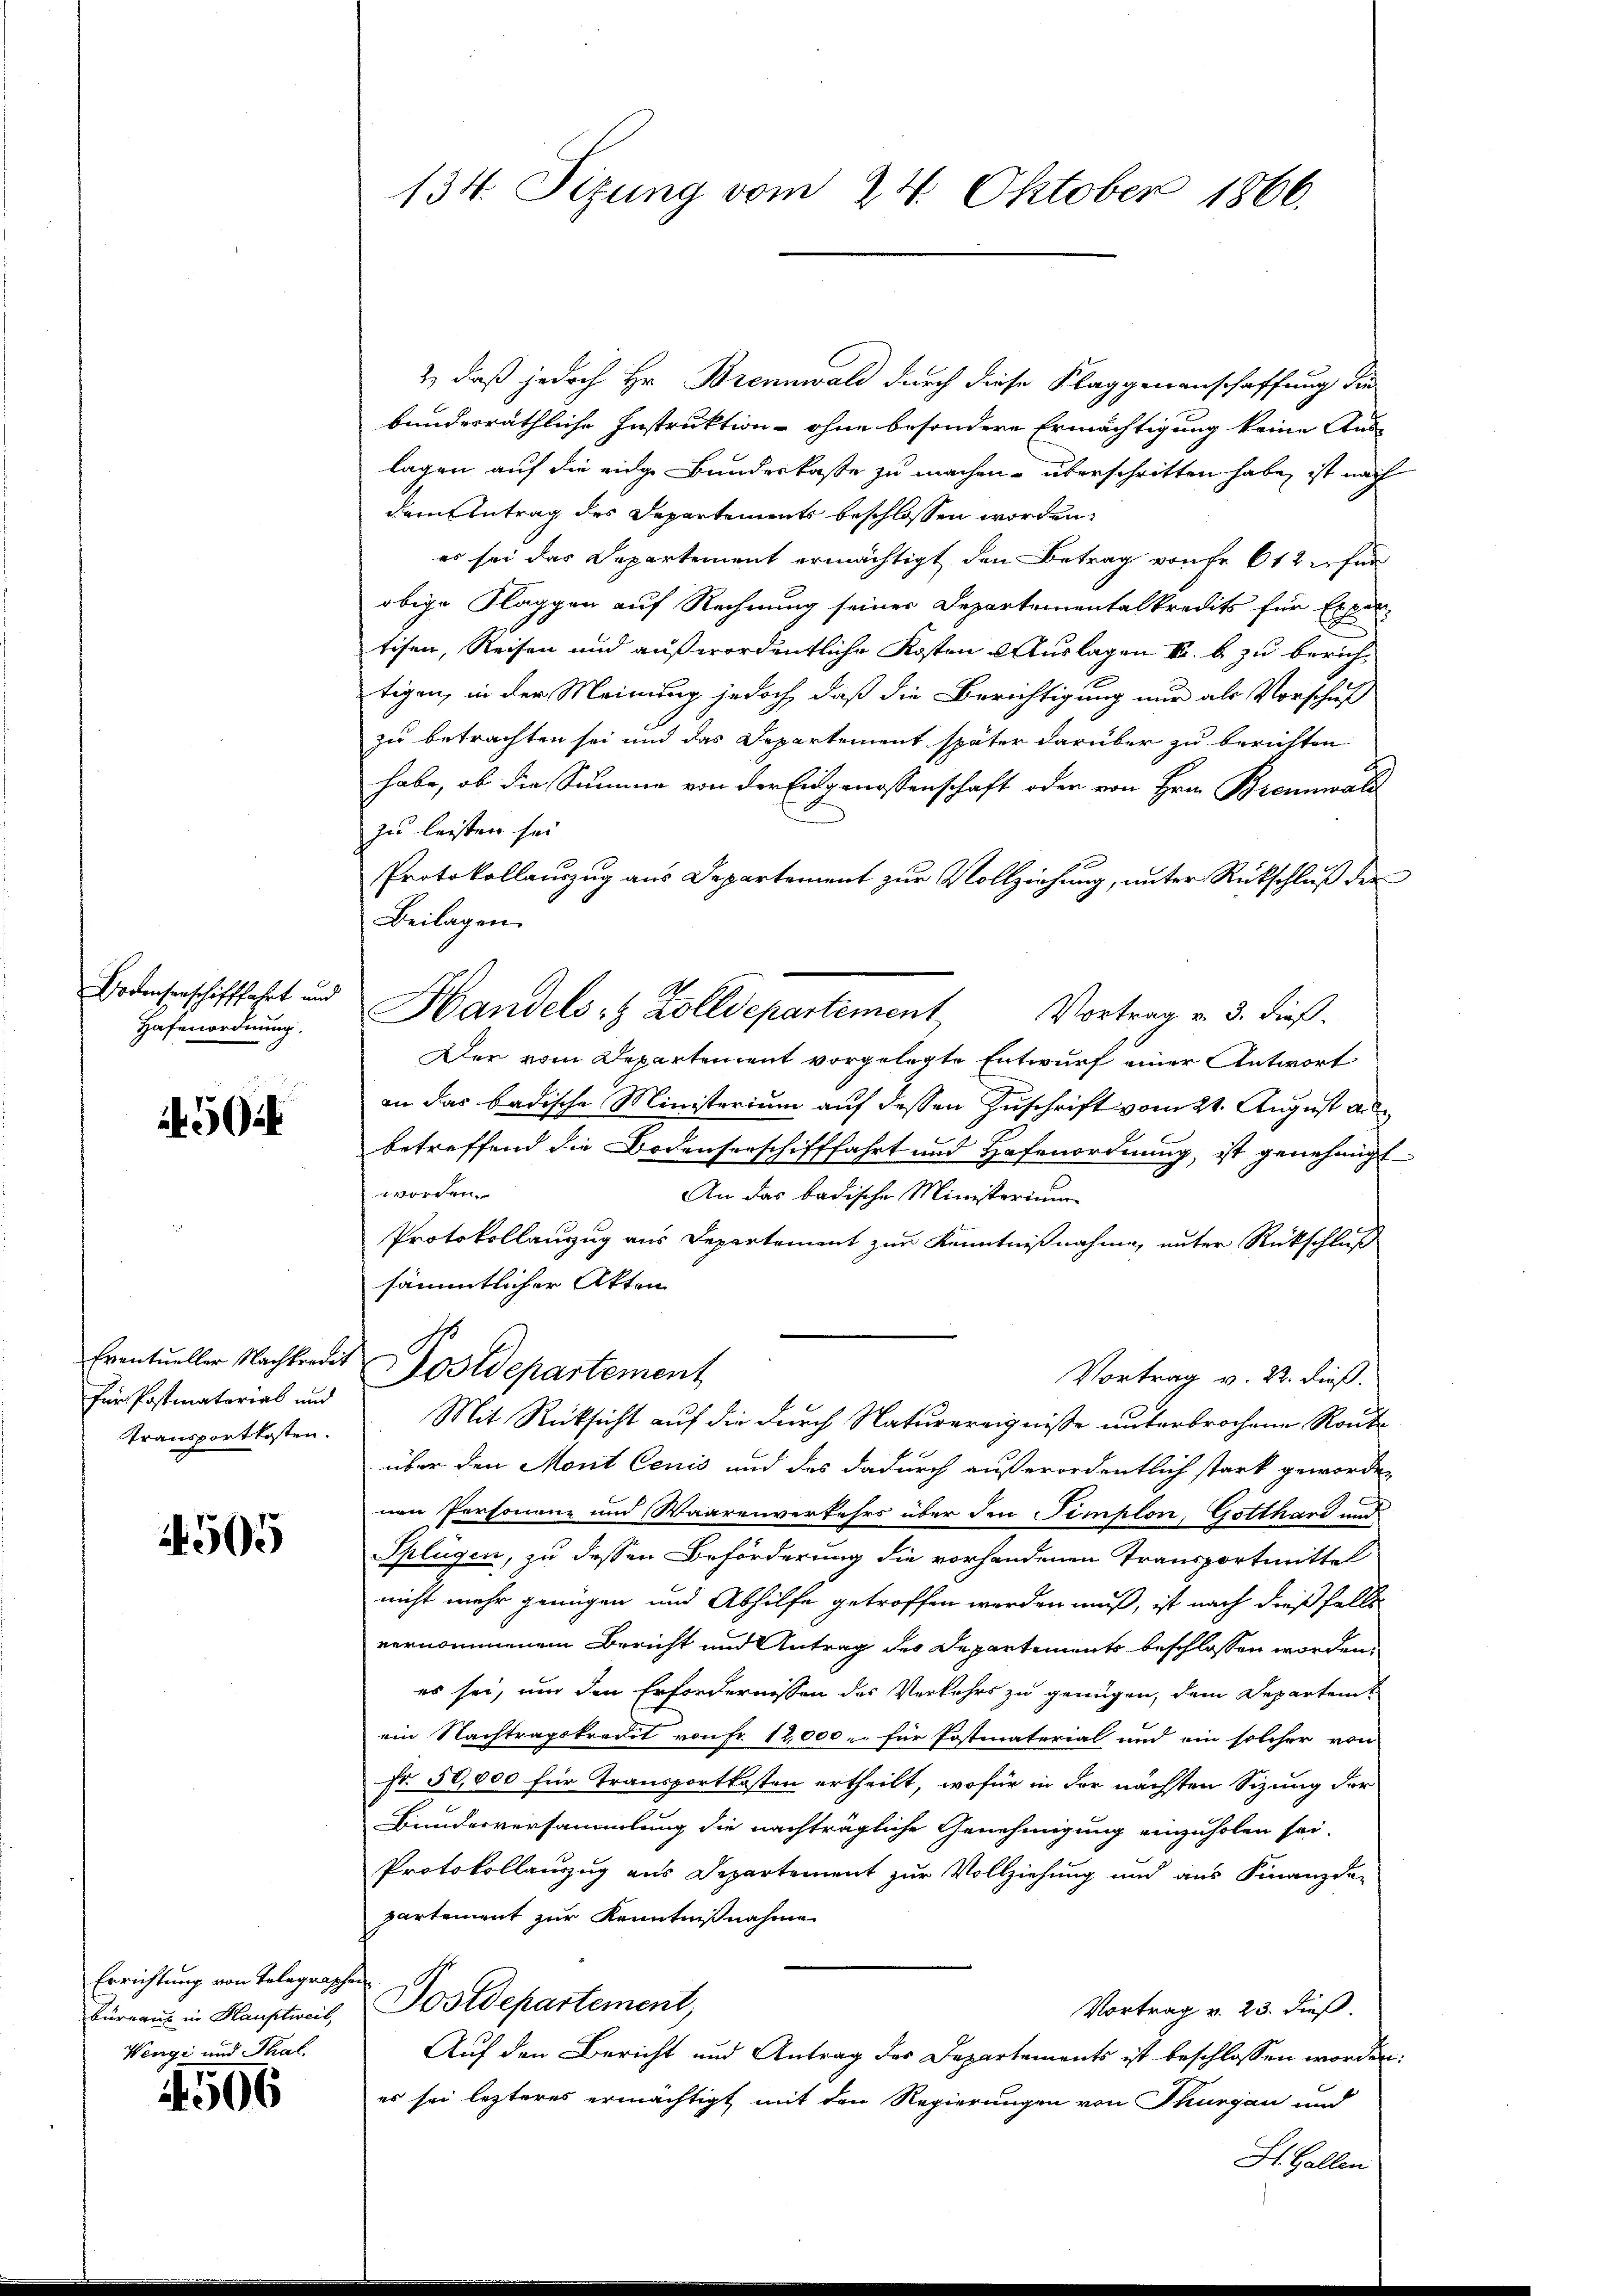
Bodenserschifffahrt und
Hafenordnung.

450.

für Postmatorial und
Transportkosten.

4505

Errichtung von Telegraphen
Bureau in Hauptweil,
Wengi und Thal.

1566

134. Sizung vom 24. Oktober 1866.

2) daß jedoch Hr. Brennwald durch diese Klaggenanschaffung die
bundesräthliche Instruktion - ohne besondere Ermächtigung keine Aus-
lagen auf die eidge Bundeskasse zu machen, überschritten habe, ist nach
dem Antrag des Departements beschlossen worden,
es sei das Departement ermächtigt den Betrag von Fr. 612 für
obige Klaggen auf Rechnung seiner Departementalkredits für Expertifen, Reisen und außerordentliche Kosten Auslagen K. b zu berichtigen, in der Meinung jedoch, daß die Berichtigung nur als Vorschuf
zu betrachten sei und das Departement später darüber zu berichten
habe, ob die Summe von der Eidgenossenschaft oder von Hrn. Brennwald
zu leisten sei.
Protokollauszug aus Departement zur Vollziehung, unter Rückschluß der
Beilagen.
Handels- & Zolldepartement,
Vortrag v. 3. dieß.
Der vom Departement vorgelegte Entwurf einer Antwort
an das badische Ministerium auf dessen Zuschrift vom 21. August au
betreffend die Bodensenschifffahrt und Hafenordnung, ist genehmigt.
worden.
An das badische Ministerium
Protokollanzug aus Departement zur Kenntnißnahme, unter Rückschluß
sämmtlicher Akten
Eventueller Nachkredit Postdepartement
Vortrag v. 22. dieß.
Mit Rücksicht auf die durch Naturereignisse unterbrochene Route
über den Mont Cenis und des dadurch außerordentlich stark geworden
nen Personenz und Waarenverkehrs über den Templon, Gotthard und
Splügen, zu dessen Beförderung die vorhandenen Transportmittel
nicht mehr genügen und Abhilfe getroffen werden muß, ist nach dießfalls
vernommenem Bericht und Antrag des Departements beschlossen worden.
es sei, um den Erfordernissen des Verkehrs zu genügen, dem Departem
ein Nachtragskredit von Fr. 12,000.- für Postmaterial und ein solcher von
Fr. 50,000 für Transportkosten ertheilt, wofür in der nächsten Sizung der
Bundesversammlung die nachträgliche Genehmigung einzuholen sei.
Protokollauszug aus Departement zur Vollziehung und aus Finanzde-
partement zur Kenntnißnahme
Postdepartement,
Vortrag v. 23. dieß.
Auf den Bericht und Antrag des Departements ist beschlossen worden:
es sei lezteres ermächtigt mit den Regierungen von Thurgau und
St. Gallen